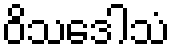
ဝိသဒေါသံ